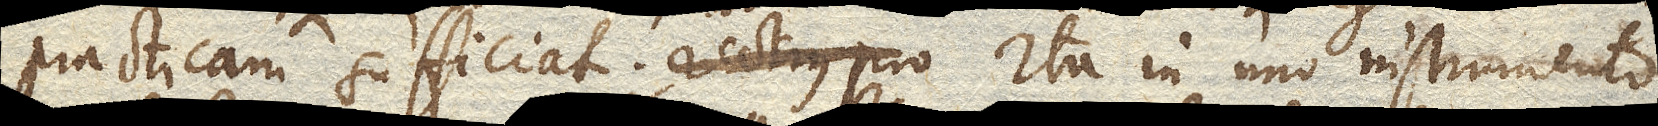
practicam sufficiat; rectius pro. Ita in uno instrumento